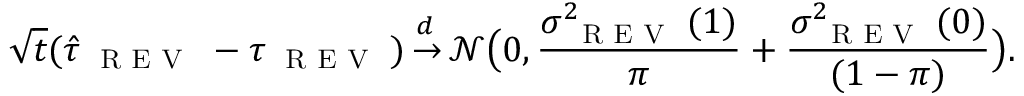
\sqrt { t } ( \hat { \tau } _ { \small \textsc { { R E V } } } - \tau _ { \small \textsc { { R E V } } } ) { \, \overset { { \, d \, \, } } { \rightarrow } \, } { \mathcal { N } } \allowbreak \big ( 0 , \frac { \sigma _ { \small \textsc { { R E V } } } ^ { 2 } ( 1 ) } { \pi } \allowbreak + \allowbreak \frac { \sigma _ { \small \textsc { { R E V } } } ^ { 2 } ( 0 ) } { ( 1 - \pi ) } \big ) .